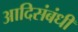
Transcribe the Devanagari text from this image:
आदिसंबंधी